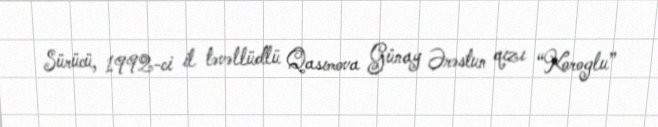
Sürücü, 1992-ci il təvəllüdlü Qasımova Günay Ərəstun qızı “Koroglu”